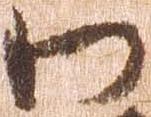
わ